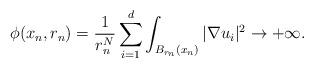
LaTeX: \begin{align*}\phi(x_n,r_n) = \frac{1}{r_n^N} \sum_{i=1}^{d} \int_{B_{r_n}(x_n)} |\nabla u_i|^2 \to +\infty.\end{align*}